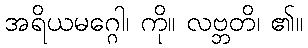
အရိယမဂ္ဂေါ၊ ကို။ လဗ္ဘတိ၊ ၏။